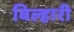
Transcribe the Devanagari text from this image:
बिल्हारी